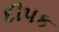
દીપક